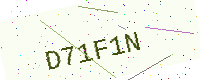
Text: D71F1N